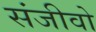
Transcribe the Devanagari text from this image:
संजीवो